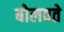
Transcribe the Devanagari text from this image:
बोलवते